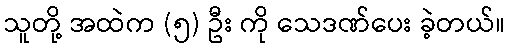
သူတို့ အထဲက (၅) ဦး ကို သေဒဏ်ပေး ခဲ့တယ်။